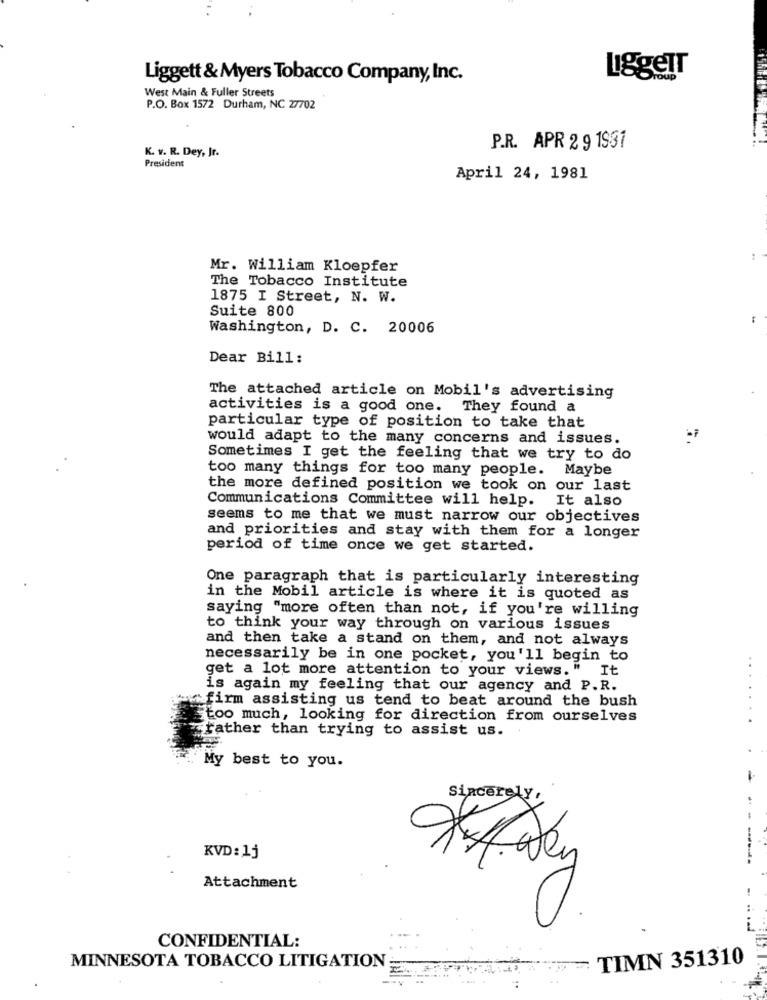
LiggeIT
Liggett & Myers Tobacco Company, Inc.
West Main & Fuller Streets
P.O. Box 1572 Durham, NC 27702
P.R. APR 2 9 1931
President
K. v. R. Dey, Jr.
April 24, 1981
Mr. William Kloepfer
The Tobacco Institute
1875 I Street, N. W.
Suite 800
Washington, D. C. 20006
Dear Bill:
The attached article on Mobil's advertising
activities is a good one. They found a
particular type of position to take that
would adapt to the many concerns and issues.
Sometimes I get the feeling that we try to do
too many things for too many people. Maybe
the more defined position we took on our last
Communications Committee will help. It also
seems to me that we must narrow our objectives
and priorities and stay with them for a longer
period of time once we get started.
One paragraph that is particularly interesting
in the Mobil article is where it is quoted as
saying "more often than not, if you're willing
to think your way through on various issues
and then take a stand on them, and not always
necessarily be in one pocket, you'll begin to
get a lot more attention to your views." It
is again my feeling that our agency and P.R.
firm assisting us tend to beat around the bush
too much, looking for direction from ourselves
rather than trying to assist us.
My best to you.
-
Sincerely,
..
-
KVD: 1j
----
Attachment
CONFIDENTIAL:
Www.FTIMN 351310
MINNESOTA TOBACCO LITIGATION ;
...